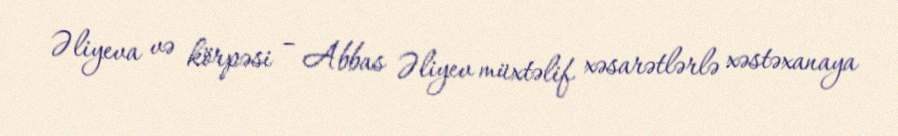
Əliyeva və körpəsi – Abbas Əliyev müxtəlif xəsarətlərlə xəstəxanaya